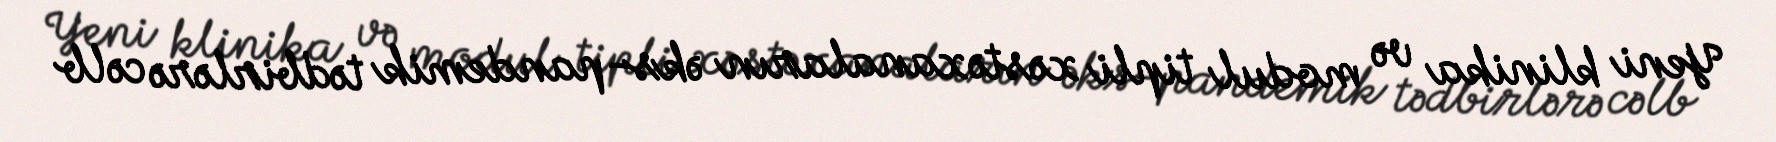
Yeni klinika və modul tipli xəstəxanaların əks-pandemik tədbirlərə cəlb